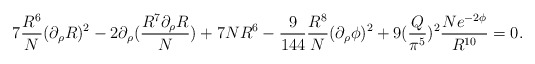
\begin{align*}7 { R^6 \over N} (\partial_\rho R)^2 - 2 \partial_\rho( {R^7 \partial_\rho R \over N}) + 7 N R^6-{9 \over 144}{R^8 \over N} (\partial_\rho \phi)^2 + 9 ({Q \over \pi^5})^2{ N e^{-2 \phi} \over R^{10}} =0.\end{align*}